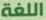
اللغة